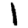
Digit: 1